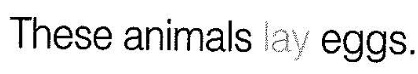
These animals lay eggs.